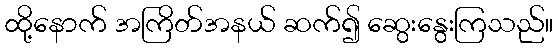
ထို့နောက် အကြိတ်အနယ် ဆက်၍ ဆွေးနွေးကြသည်။